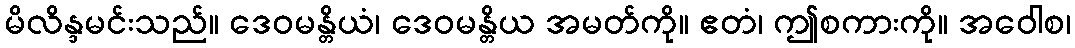
မိလိန္ဒမင်းသည်။ ဒေဝမန္တိယံ၊ ဒေဝမန္တိယ အမတ်ကို။ ဧတံ၊ ဤစကားကို။ အဝေါစ၊